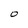
Character: 0